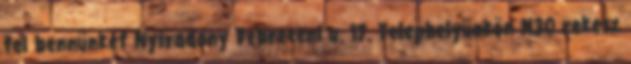
fel bennünket Nyíradony Debreceni u. 17. Telephelyünkön M30 rekesz